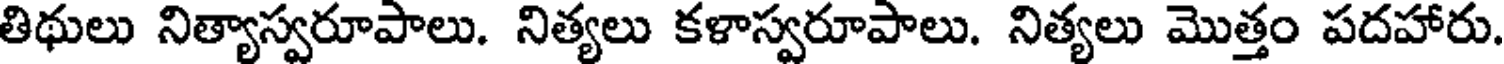
తిథులు నిత్యాస్వరూపాలు. నిత్యలు కళాస్వరూపాలు. నిత్యలు మొత్తం పదహారు.